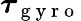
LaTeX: \boldsymbol{\tau}_{\mathrm{~g~y~r~o~}}